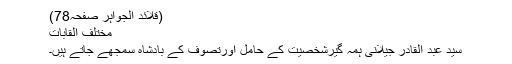
(قلائد الجواہر صفحہ78)
مختلف القابات
سید عبد القادر جیلانی ہمہ گیرشخصیت کے حامل اورتصوف کے بادشاہ سمجھے جاتے ہیں۔